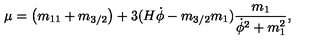
\mu = \left( m _ { 1 1 } + m _ { 3 / 2 } \right) + 3 ( H \dot { \phi } - m _ { 3 / 2 } m _ { 1 } ) \frac { m _ { 1 } } { \dot { \phi } ^ { 2 } + m _ { 1 } ^ { 2 } } ,